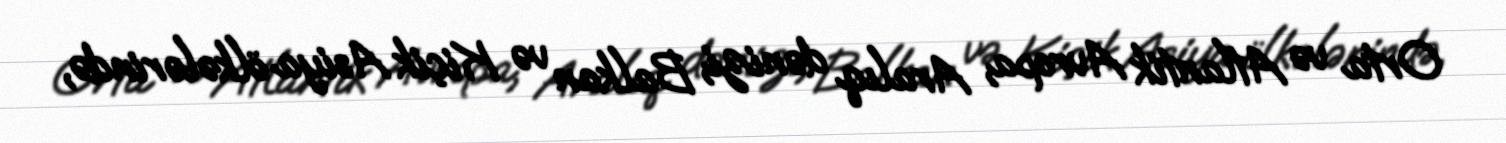
Orta və Atlantik Avropa, Aralıq dənizi, Balkan və Kiçik Asiya ölkələrində,